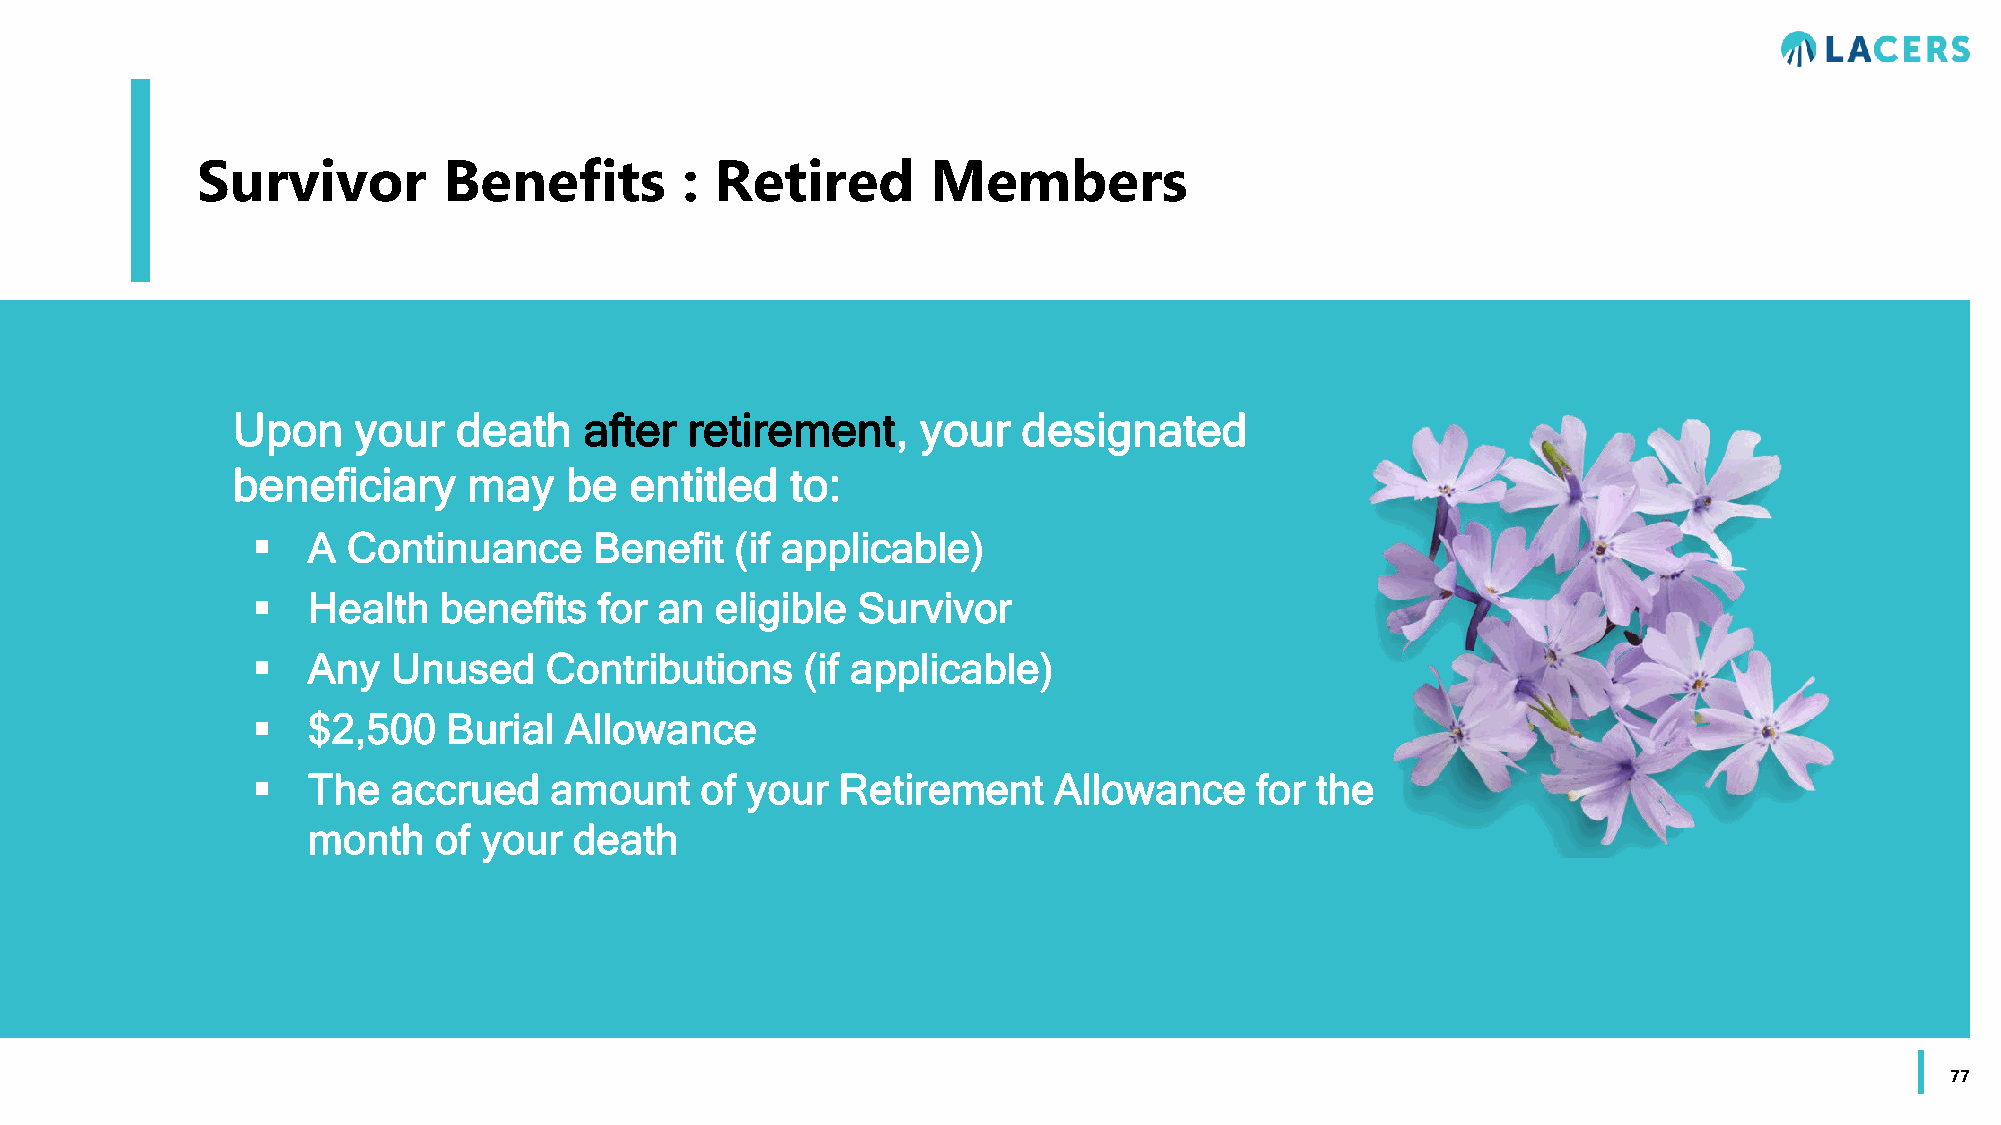
Survivor        Benefits        : Retired        Members
 Upon    your   death    after  retirement,    your   designated
 beneficiary     may   be   entitled  to:
   A  Continuance     Benefit   (if applicable)
   Health   benefits   for an eligible  Survivor
   Any   Unused    Contributions    (if applicable)
   $2,500    Burial Allowance
   The   accrued   amount    of your  Retirement     Allowance    for the
 month    of your  death
 77